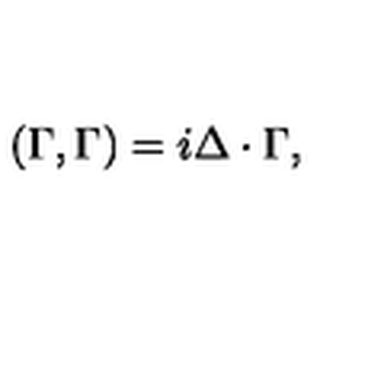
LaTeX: ( \Gamma , \Gamma ) = i \Delta \cdot \Gamma ,